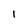
Character: I